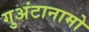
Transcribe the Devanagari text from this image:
गुअंटानामो